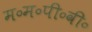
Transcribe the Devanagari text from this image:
म॰म॰पी॰वी॰